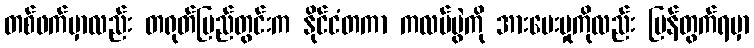
တစ်ဖက်မှာလည်း တရုတ်ပြည်တွင်းက နိုင်ငံတကာ ကလပ်ပွဲကို အားပေးမှုကိုလည်း ပြန်တွက်ရမှာ